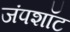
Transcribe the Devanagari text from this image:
जंपशॉट